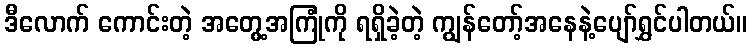
ဒီလောက် ကောင်းတဲ့ အတွေ့အကြုံကို ရရှိခဲ့တဲ့ ကျွန်တော့်အနေနဲ့ပျော်ရွှင်ပါတယ်။